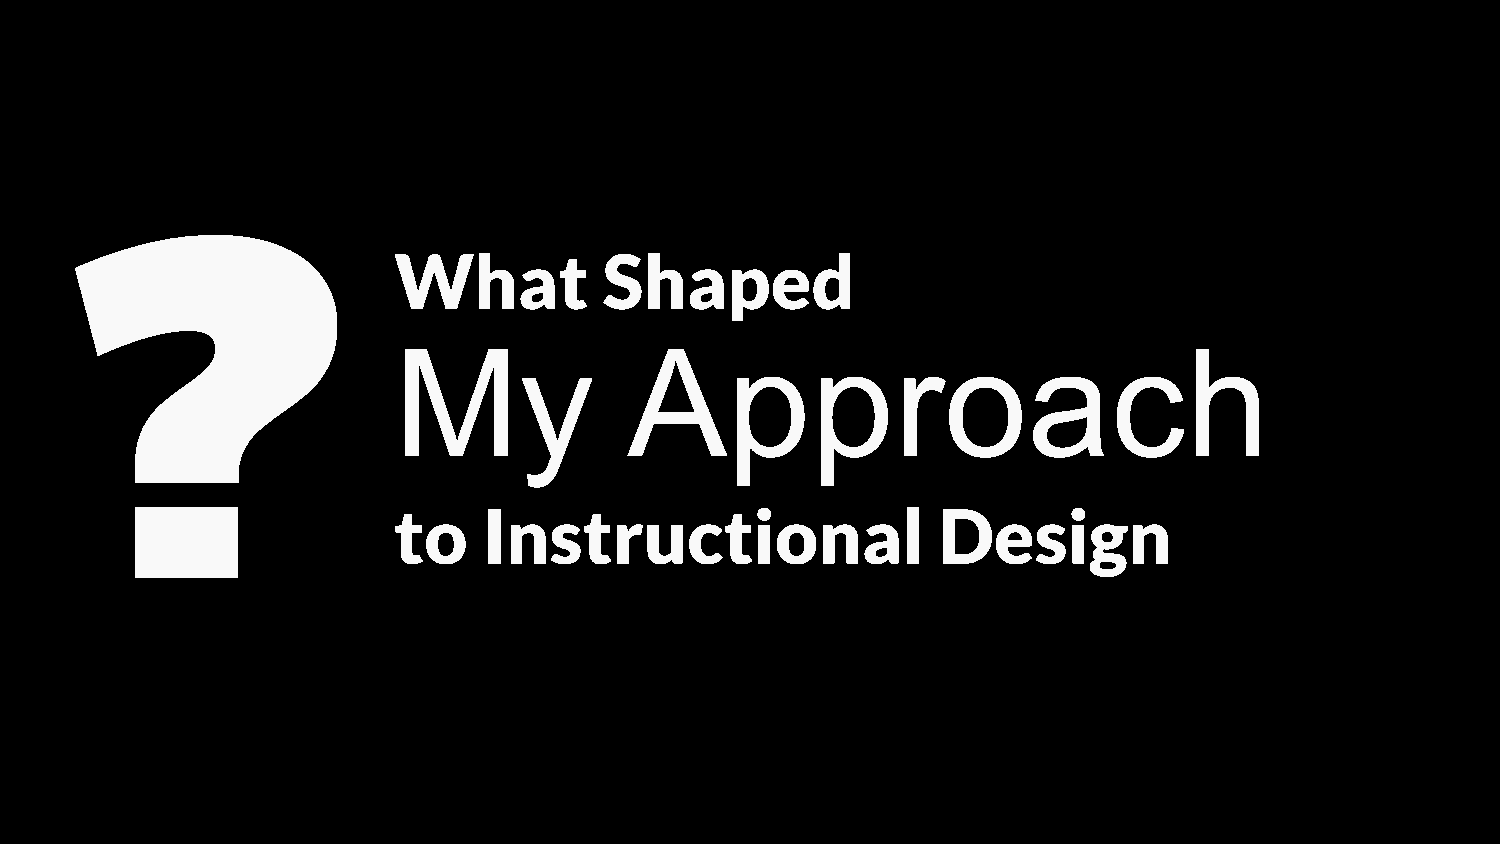
What          Shaped
 ?
 My              Approach
 to    Instructional                 Design